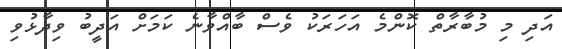
އަދި މި މުބާރާތް ކޮންމެ އަހަރަކު ވެސް ބާއްވާނެ ކަމަށް އަދީބު ވިދާޅުވި